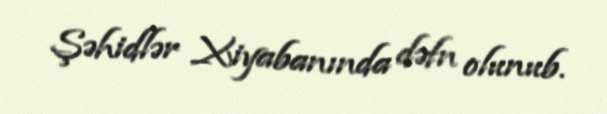
Şəhidlər Xiyabanında dəfn olunub.